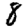
Digit: 8